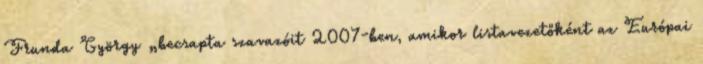
Frunda György „becsapta szavazóit 2007-ben, amikor listavezetőként az Európai